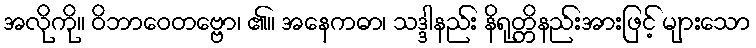
အလိုကို။ ဝိဘာဝေတဗ္ဗော၊ ၏။ အနေကဓာ၊ သဒ္ဒါနည်း နိရုတ္တိနည်းအားဖြင့် များသော